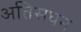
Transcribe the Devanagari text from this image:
अतिसधन